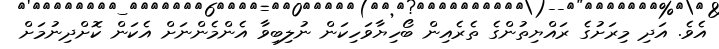
އެވެ. އަދި މިރަށުގެ ރައްޔިތުންގެ ތެރެއިން ބޯހިޔާވަހިކަން ނުލިބިވާ އެންމެންނަށް އެކަން ކޮށްދިނުމަށް